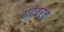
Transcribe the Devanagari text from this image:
बाटेवरच